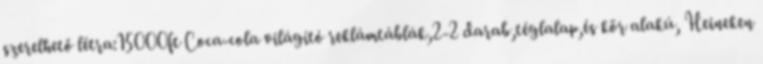
szerelhető létra:15000ft Coca-cola világító reklámtáblák,2-2 darab,téglalap,és kör alakú, Heineken